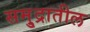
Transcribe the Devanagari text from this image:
समु्द्रातील